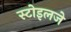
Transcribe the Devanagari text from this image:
स्टोइलजे